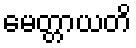
မေတ္တာယတိ